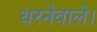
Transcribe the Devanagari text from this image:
धरनेवाले।